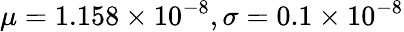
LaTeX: \mu=1.158\times 10^{-8},\sigma=0.1\times 10^{-8}